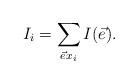
LaTeX: \begin{align*} I_i = \sum_{\vec ex_i} I(\vec e). \end{align*}